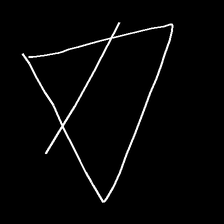
Glyph: empower